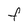
Character: F